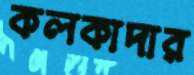
কলকাদার